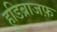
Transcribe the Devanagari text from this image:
हुडिब्राजफ़